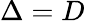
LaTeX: \Delta=D